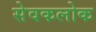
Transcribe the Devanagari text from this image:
सेवकलोक